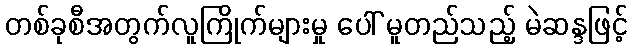
တစ်ခုစီအတွက်လူကြိုက်များမှု ပေါ် မူတည်သည့် မဲဆန္ဒဖြင့်